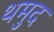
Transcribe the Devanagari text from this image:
थमुद